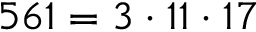
5 6 1 = 3 \cdot 1 1 \cdot 1 7